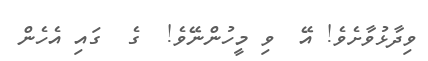
ވިދާޅުވާށެވެ! އޭ  ވި މީހުންނޭވެ!  ގެ  ގައި އެހެން